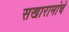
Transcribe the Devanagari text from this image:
सखारामांचे